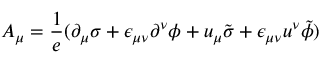
A _ { \mu } = { \frac { 1 } { e } } ( \partial _ { \mu } \sigma + \epsilon _ { \mu \nu } \partial ^ { \nu } \phi + u _ { \mu } \tilde { \sigma } + \epsilon _ { \mu \nu } u ^ { \nu } \tilde { \phi } )